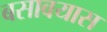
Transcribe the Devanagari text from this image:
बसावयास